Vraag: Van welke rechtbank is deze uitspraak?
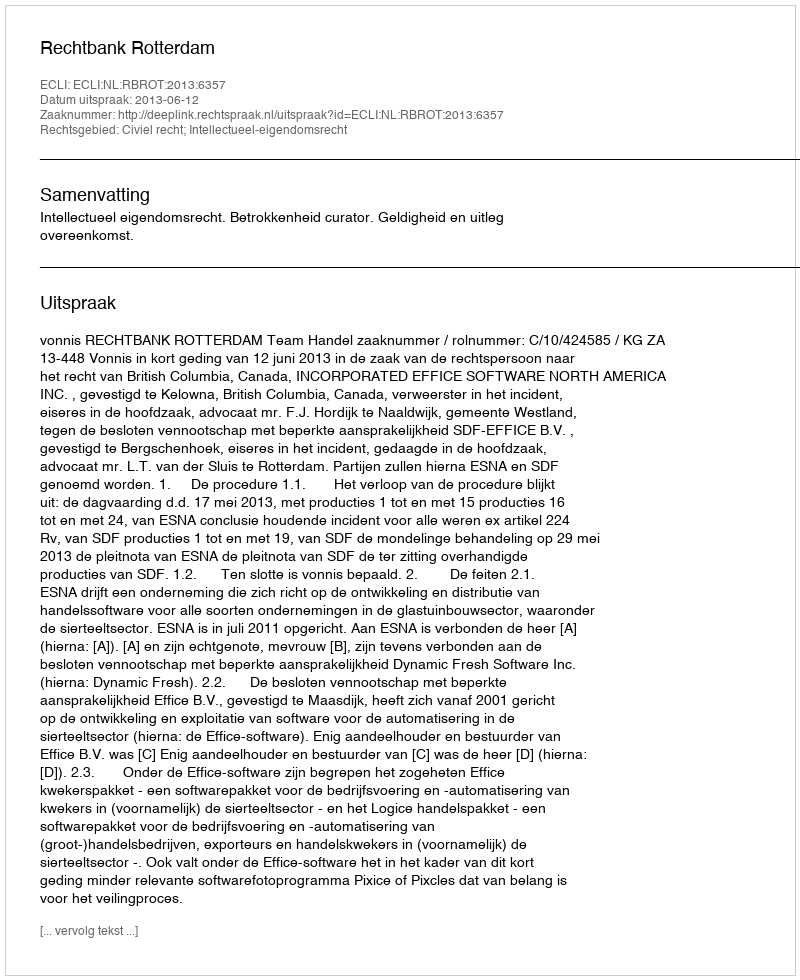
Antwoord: Rechtbank Rotterdam